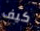
كيف